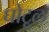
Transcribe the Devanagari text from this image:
घोटूल